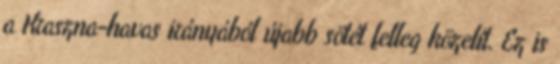
a Kraszna-havas irányából újabb sötét felleg közelít. Ez is